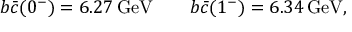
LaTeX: { b \bar { c } } ( 0 ^ { - } ) = 6 . 2 7 \, \mathrm { G e V } \qquad { b \bar { c } } ( 1 ^ { - } ) = 6 . 3 4 \, \mathrm { G e V } ,